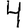
Digit: 4